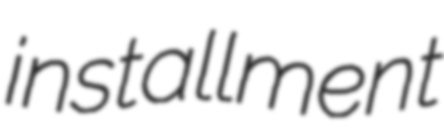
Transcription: installment